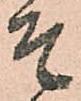
そ